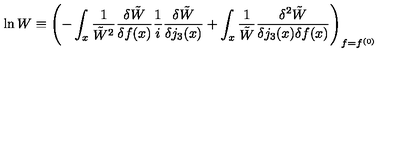
\ln W \equiv \left( - \int _ { x } \frac { 1 } { \tilde { W } ^ { 2 } } \frac { \delta \tilde { W } } { \delta f ( x ) } \frac 1 i \frac { \delta \tilde { W } } { \delta j _ { 3 } ( x ) } + \int _ { x } \frac { 1 } { \tilde { W } } \frac { \delta ^ { 2 } \tilde { W } } { \delta j _ { 3 } ( x ) \delta f ( x ) } \right) _ { f = f ^ { ( 0 ) } }